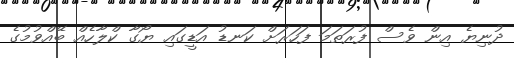
ދުނިޔެ އިން ވެސް ފުރަތަމަ ފަހަރަށް ކަނޑު އަޑީގައި ޔޯގާ ކްލާހެއް ބޭއްވުމުގެ